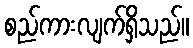
စည်ကားလျက်ရှိသည်။